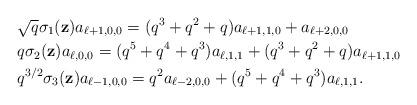
LaTeX: \begin{align*}&\sqrt{q}\sigma_1(\textbf{z})a_{\ell+1,0,0}=(q^3+q^2+q)a_{\ell+1,1,0}+a_{\ell+2,0,0}\\&{q}\sigma_2(\textbf{z})a_{\ell,0,0}=(q^5+q^4+q^3)a_{\ell,1,1}+(q^3+q^2+q)a_{\ell+1,1,0}\\& q^{3/2}\sigma_3(\textbf{z})a_{\ell-1,0,0}=q^2a_{\ell-2,0,0}+(q^5+q^4+q^3)a_{\ell,1,1}.\end{align*}